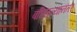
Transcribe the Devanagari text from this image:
बघितल्यानंतर